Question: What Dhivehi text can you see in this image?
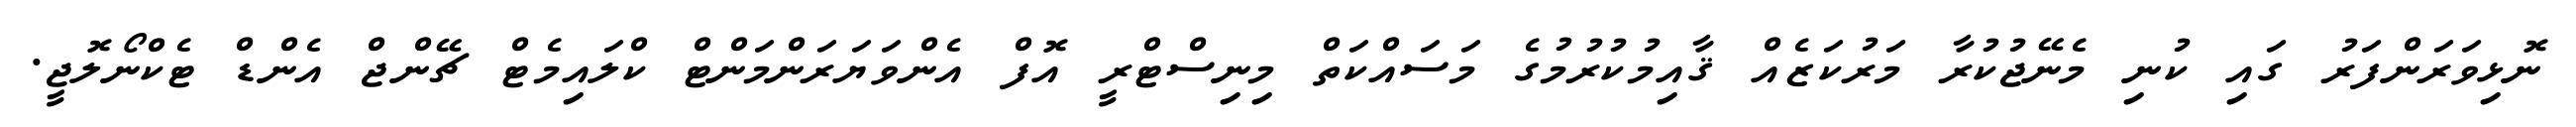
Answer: ނޮޅިވަރަންފަރު ގައި ކުނި މެނޭޖުކުރާ މަރުކަޒެއް ޤާއިމުކުރުމުގެ މަސައްކަތް މިނިސްޓްރީ އޮފް އެންވަޔަރަންމަންޓް ކްލައިމެޓް ޗޭންޖް އެންޑް ޓެކްނޯލޮޖީ.